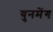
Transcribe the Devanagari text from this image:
युनमेंग